Lunatic asylums Madras 1877-1891 - 1877-1891
Year: 1877
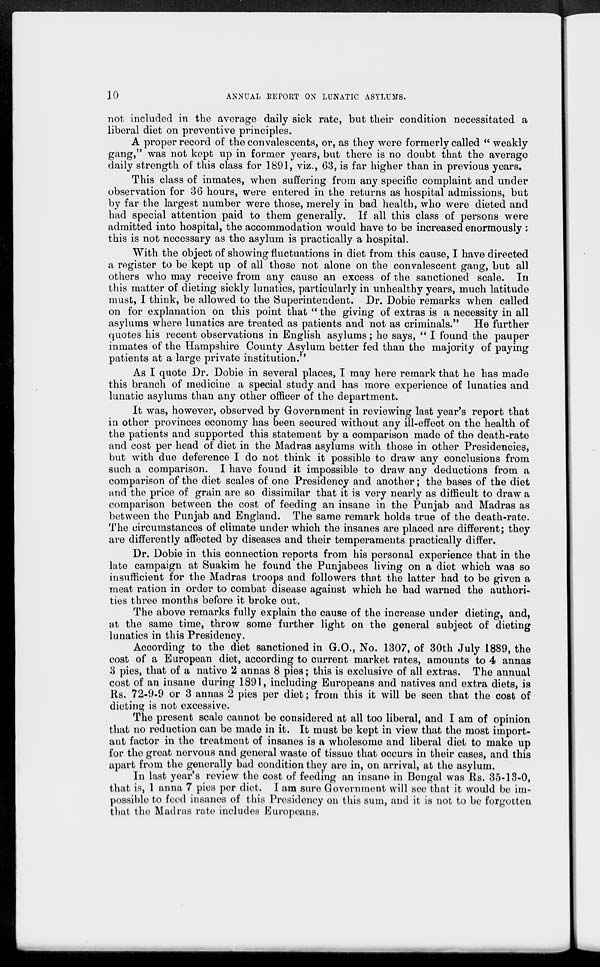
10
ANNUAL REPORT ON LUNATIC ASYLUMS.
not included in the average daily sick rate, but their condition necessitated a
liberal diet on preventive principles.
A proper record of the convalescents, or, as they were formerly called " weakly
gang," waas not kept up in former years, but there is no doubt that the average
daily strength of this class for 1891, viz., 63, is far higher than in previous years.
This class of inmates, when suffering from any specific complaint and under
observation for 36 hours, were entered in the returns as hospital admissions, but
by far the largest number were those, merely in bad health, who were dieted and
had special attention paid to them generally. If all this class of persons were
admitted into hospital, the accommodation would have to be increased enormously :
this is not necessary as the asylum is practically a hospital.
With the object of showing fluctuations in diet from this cause, I have directed
a register to be kept up of all those not alone on the convalescent gang, but all
others who may receive from any cause an excess of the sanctioned scale. In
this matter of dieting sickly lunatics, particularly in unhealthy years, much latitude
must, I think, be allowed to the Superintendent. Dr. Dobie remarks when called
on for explanation on this point that " the giving of extras is a necessity in all
asylums where lunatics are treated as patients and not as criminals." He further
quotes his recent observations in English asylums; he says, " I found the pauper
inmates of the Hampshire County Asylum better fed than the majority of paying
patients at a large private institution."
As I quote Dr. Dobie in several places, I may here remark that he has made
this branch of medicine a special study and has more experience of lunatics and
lunatic asylums than any other officer of the department.
It was, however, observed by Government in reviewing last year's report that
in other provinces economy has been secured without any ill-effect on the health of
the patients and supported this statement by a comparison made of the death-rate
and cost per head of diet in the Madras asylums with those in other Presidencies,
but with due deference I do not think it possible to draw any conclusions from
such a comparison. I have found it impossible to draw any deductions from a
comparison of the diet scales of one Presidency and another ; the bases of the diet
and the price of grain are so dissimilar that it is very nearly as difficult to draw a
comparison between the cost of feeding an insane in the Punjab and Madras as
between the Punjab and England. The same remark holds true of the death-rate.
The circumstances of climate under which the insanes are placed are different; they
are differently affected by diseases and their temperaments practically differ.
Dr. Dobie in this connection reports from his personal experience that in the
late campaign at Suakim he found the Punjabees living on a diet which was so
insufficient for the Madras troops and followers that the latter had to be given a
meat ration in order to combat disease against which he had warned the authori-
ties three months before it broke out.
The above remarks fully explain the cause of the increase under dieting, and,
at the same time, throw some further light on the general subject of dieting
lunatics in this Presidency.
According to the diet sanctioned in G.O., No. 1307, of 30th July 1889, the
cost of a European diet, according to current market rates, amounts to 4 annas
3 pies, that of a native 2 annas 8 pies ; this is exclusive of all extras. The annual
cost of an insane during 1891, including Europeans and natives and extra diets, is
Rs. 72-9-9 or 3 annas 2 pies per diet; from this it will be seen that the cost of
dieting is not excessive.
The present scale cannot be considered at all too liberal, and I am of opinion
that no reduction can be made in it. It must be kept in view that the most import-
ant factor in the treatment of insanes is a wholesome and liberal diet to make up
for the great nervous and general waste of tissue that occurs in their cases, and this
apart from the generally bad condition they are in, on arrival, at the asylum.
In last year's review the cost of feeding an insane in Bengal was Rs. 35-13-0,
that is, 1 anna 7 pies per diet. I am sure Government will see that it would be im-
possible to feed insanes of this Presidency on this sum, and it is not to be forgotten
that the Madras rate includes Europeans.